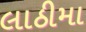
લાઠીમા